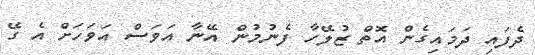
ދެފައި ދަމައިގެން އޮތް ޒުލޭހާ ފެނުމުން އޭނާ އަވަސް އަވަަހަށް އެ ގޭ